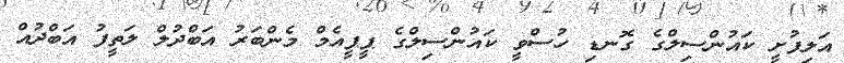
އަލިފުށީ ކައުންސިލްގެ ގޮނޑި ހުސްވީ ކައުންސިލްގެ ޕީޕީއެމް މެންބަރު އަބްދުލް ލަތީފު އަބްދުއް